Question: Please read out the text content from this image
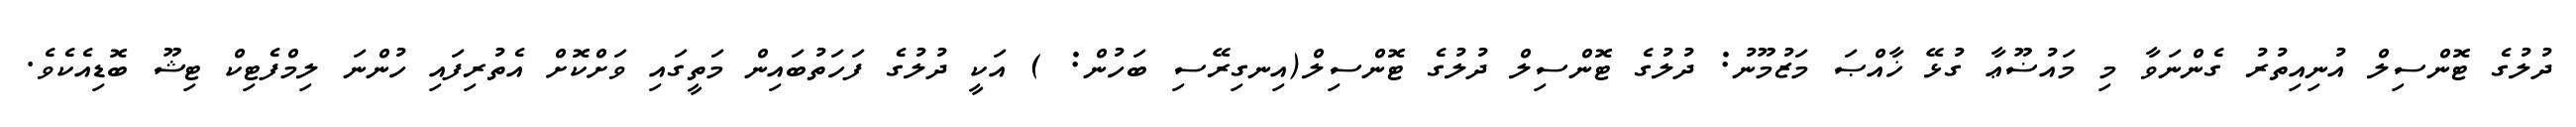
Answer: ދުލުގެ ޓޮންސިލް އުނިއިތުރު ގެންނަވާ މި މައުޟޫޢާ ގުޅޭ ޚާއްޞަ މަޒުމޫނު: ދުލުގެ ޓޮންސިލް ދުލުގެ ޓޮންސިލް(އިނގިރޭސި ބަހުން: ) އަކީ ދުލުގެ ފަހަތުބައިން މަތީގައި ވަށްކޮށް އެތުރިފައި ހުންނަ ލިމްފެޓިކް ޓިޝޫ ބޮޑިއެކެވެ.